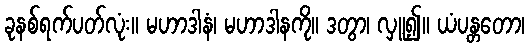
ခုနစ်ရက်ပတ်လုံး။ မဟာဒါနံ၊ မဟာဒါနကို။ ဒတွာ၊ လှူ၍။ ယံပန္တတော၊